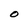
Character: O